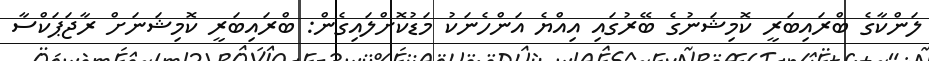
ލަންކާގެ ބްރައިބަރީ ކޮމިޝަނުގެ ބޭރުގައި އިއްޔެ އަންހެނަކު މަޑުކޮށްލައިގެން: ބްރައިބަރީ ކޮމިޝަނަށް ރާޖަޕަކްސާ